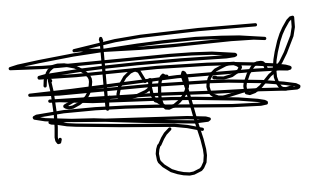
Text: played
Cross-out: scratch
Writing tool: digital_black